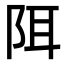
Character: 𫔾